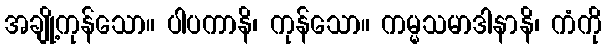
အချို့ကုန်သော။ ပါပကာနိ၊ ကုန်သော။ ကမ္မသမာဒါနာနိ၊ ကံကို